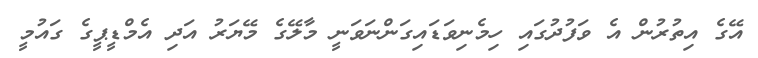
އޭގެ އިތުރުން އެ ވަފުދުގައި ހިމެނިވަޑައިގަންނަވަނީ މާލޭގެ މޭޔަރު އަދި އެމްޑީޕީގެ ގައުމީ